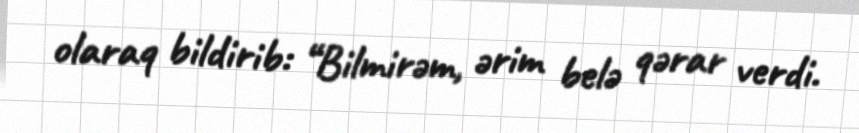
olaraq bildirib: “Bilmirəm, ərim belə qərar verdi.